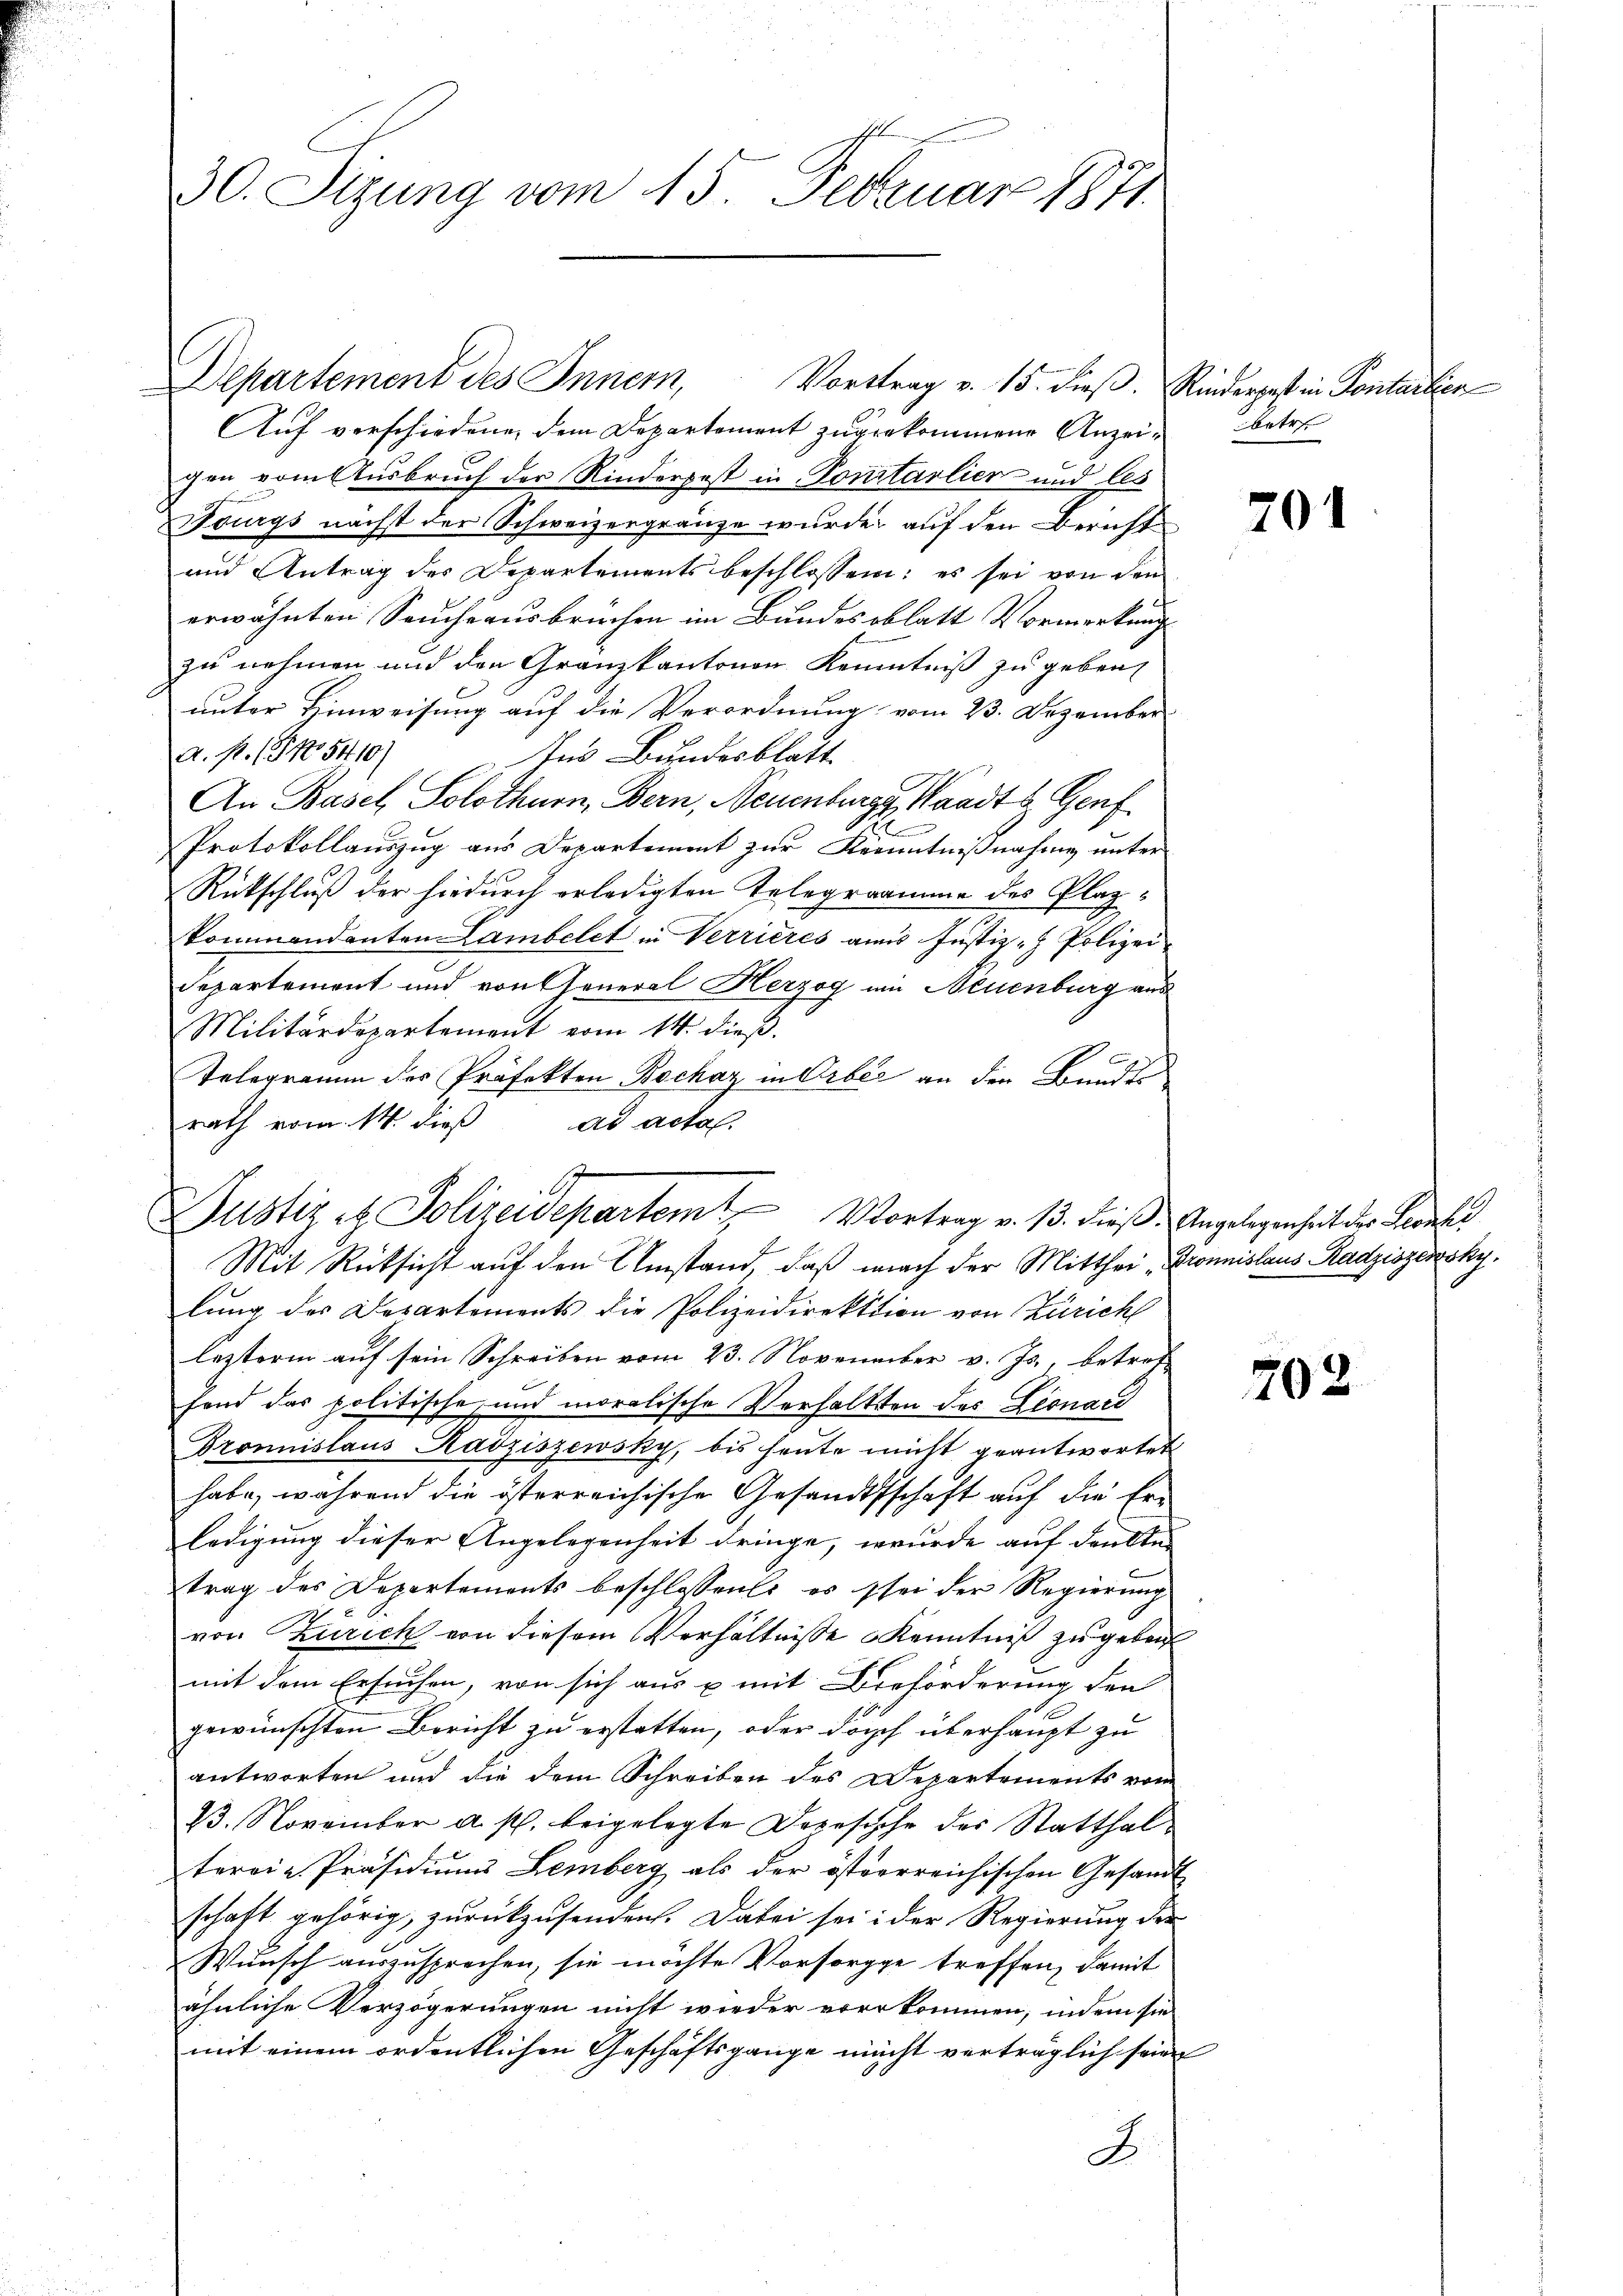
30. Sizung vom 15. Februar 1871.

Auf verschiedenen dem Departement zugekommene Anzei- betre
gen vom Ausbruch der Rinderpest in Pontarlier und les
Fourgs nächst der Schweizergränze wurde auf den Bericht
und Antrag des Departements beschlossen: es sei von den
erwähnten Seucheausbrüchen im Bundes oblatt Vormerkung
zu nehmen und den Granzkantonen Kenntniß zu geben,
unter Hinweisung auf die Verordnung vom 23. Dezember
a. p. (No 5410)
Ins Bundesblatt
An Basel, Solothurn, Bern, Neuenburg, Waadt & Genf
Protokollauszug aus Departement zur Kenntnißnahme unter
Rückschluß der hiedurch erledigten Telegramme des Plazkommendanten Lambelet in Verrieres am Justiz - Polizei¬
Departement und von General Herzog ein Neuenburg aus
Militärdepartement vom 14. dieβ.
.
Telegramm des Präfekten Bochaz in Orbe an den Bundes
rath vom 14. dieß ad actal.
Mit Rücksicht auf den Umstand, daß nach der Mitthei- Pronislaus Radziszessky,
lung des Departements die Polizeidirektion von Zürich
lezterm auf sein Schreiben vom 23. November v. Js., betreff
fand das politische und moralische Verhaltten des Leonard
Gromnislaus Radziszewsky, bis heŭte nicht geantwortet
habe, während die österreichische Gesandtschaft auf die Erledigung dieser Angelegenheit dringe, wurde auf denkte
trag des Departements beschlossenes es sei der Regierung
von Turich von diesem Verhältnisse Kenntniß zu geben
mit dem Ersuchen, von sich aus u. mit Beförderung den
gewünschten Bericht zu erstatten, oder dorf überhaupt zu
antworten und die dem Schreiben des Departements vom
13. November a. p. beigelegte Depeschehe des Statthaltervie Präsidiums Lemberg als der österreichischen Gesandt
schaft gehörig, zurückzusenden. Dabei sei: der Regierung der
Wunsch auszusprechen, sie möchte Vorsorgge treffen, damit
ähnliche Verzögerungen nicht wieder vorkommen, indem sie
mit einem ordentlichen Geschäftsgange nicht verträglich sein
A

Departement des Innern, Vorttrag v. 15. dieβ. Rinderpest in Pontartien

Justiz et Polizeidepartem Vortrag v. 13. dieß. Angelegenheit der Schuld

201

202